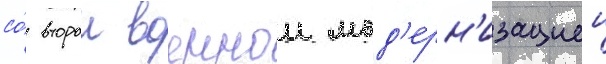
со́ второи военнои мод'ерн'изациеи